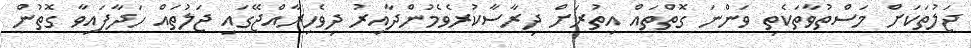
ޖަލުތަކަށް މަސްތުވާތަކެތި ވަންނަ ގޮތްތައް އިތުރަށް ދިރާސާކުރެވެމުންދާއިރު ދިވެހިރާއްޖޭގައި ޖަލުތައް ހަދާފައިވާ ގޮތުން